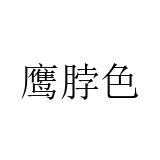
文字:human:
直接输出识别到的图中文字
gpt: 鹰脖色